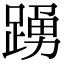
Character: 𨂹